Report of the veterinary officer investigating camel disease
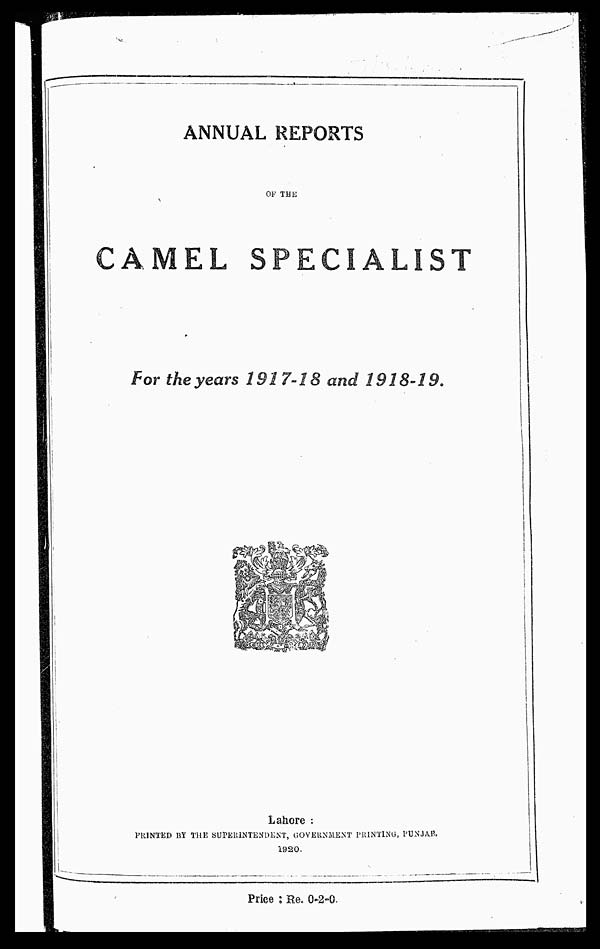
ANNUAL REPORTS
OF THE
CAMEL SPECIALIST
For the years 192 7-18 and 1918-19.
Lahore :
PRINTED BY THE SUPERINTENDENT, GOVERNMENT PRINTING, PUNJAB.
1920.
Price : Re. 0-2-0.